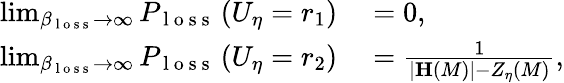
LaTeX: \begin{array}{rl}{\operatorname*{lim}_{\beta_{\mathrm{~l~o~s~s~}}\rightarrow\infty}P_{\mathrm{~l~o~s~s~}}\left(U_{\eta}=r_{1}\right)}&{{}=0,}\\ {\operatorname*{lim}_{\beta_{\mathrm{~l~o~s~s~}}\rightarrow\infty}P_{\mathrm{~l~o~s~s~}}\left(U_{\eta}=r_{2}\right)}&{{}=\frac{1}{\vert\mathbf{H}\left(M\right)\vert-Z_{\eta}\left(M\right)},}\end{array}